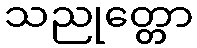
သညုတ္တော